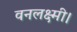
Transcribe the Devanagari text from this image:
वनलक्ष्मी।